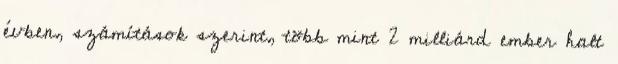
évben, számítások szerint, több mint 2 milliárd ember halt